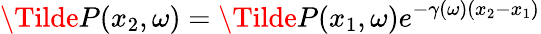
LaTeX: \Tilde{P}(x_{2},\omega)=\Tilde{P}(x_{1},\omega)e^{-\gamma(\omega)(x_{2}-x_{1})}